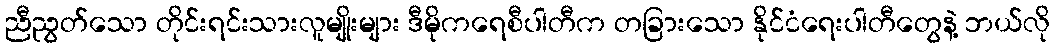
ညီညွတ်သော တိုင်းရင်းသားလူမျိုးများ ဒီမိုကရေစီပါတီက တခြားသော နိုင်ငံရေးပါတီတွေနဲ့ ဘယ်လို